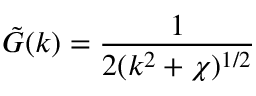
\tilde { G } ( k ) = { \frac { 1 } { 2 ( k ^ { 2 } + \chi ) ^ { 1 / 2 } } }